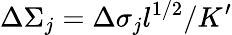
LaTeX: \Delta\Sigma_{j}=\Delta\sigma_{j}l^{1/2}/K^{\prime}